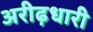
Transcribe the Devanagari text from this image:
अरीढ़धारी